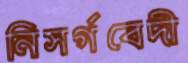
নিসর্গবেদী